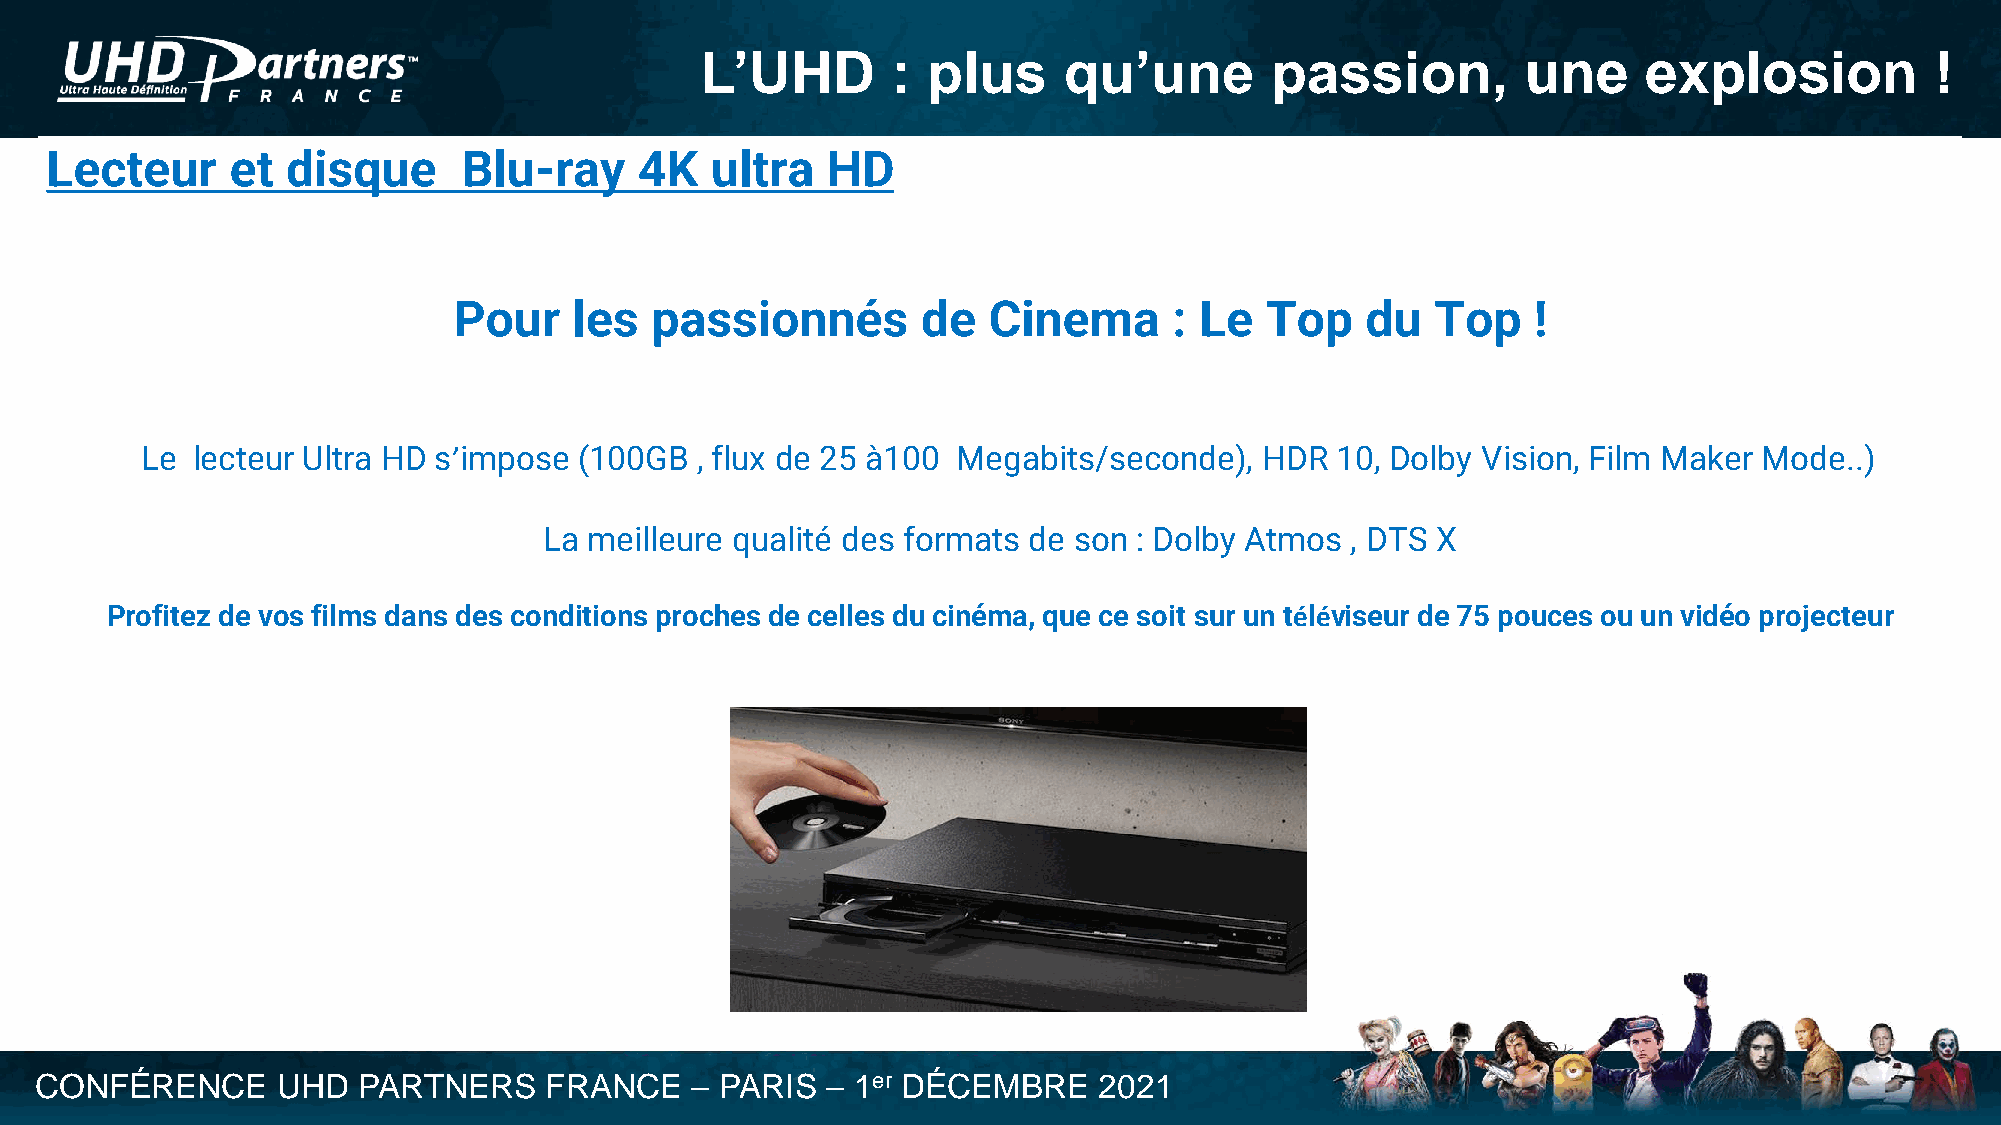
L’UHD        : plus     qu’une        passion,         une     explosion          !
 Lecteur     et  disque      Blu-ray    4K   ultra   HD
 Pour    les  passionnés        de  Cinema       : Le  Top   du   Top    !
 Le  lecteur Ultra HD s’impose (100GB , flux de 25 à100 Megabits/seconde),  HDR 10, Dolby Vision, Film Maker Mode..)
 La meilleure qualité des formats de son : Dolby Atmos , DTS X
 Profitez de vos films dans des conditions proches de celles du cinéma, que ce soit sur un téléviseur de 75 pouces ou un vidéo projecteur
 CONFÉRENCE      UHD   PARTNERS    FRANCE    – PARIS  – 1er DÉCEMBRE    2021